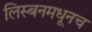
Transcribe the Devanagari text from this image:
लिस्बनमधूनच